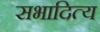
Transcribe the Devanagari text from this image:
सभादित्य